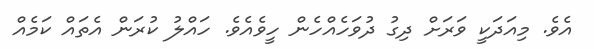
އެވެ. މިއަދަކީ ވަރަށް ދިގު ދުވަހެއްހެން ހީވެއެވެ. ހައްލު ކުރަން އެތައް ކަމެއް